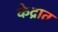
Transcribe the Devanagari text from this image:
केद्रात